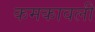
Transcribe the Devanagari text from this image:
कमकावली